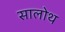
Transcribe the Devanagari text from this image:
सालोथ